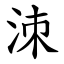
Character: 洓